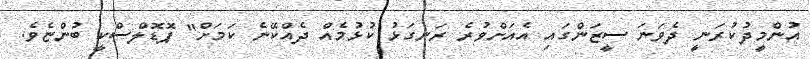
އުންމީދުކުރަނީ ދެވަނަ ސީޒަންގައި އެއަށްވުރެ ރަނގަޅު ކުޅުމެއް ދެއްކޭނެ ކަމަށް" ޕޮޑޮލްސްކީ ބުންޏެވެ.